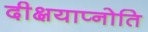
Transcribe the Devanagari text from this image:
दीक्षयाप्नोति